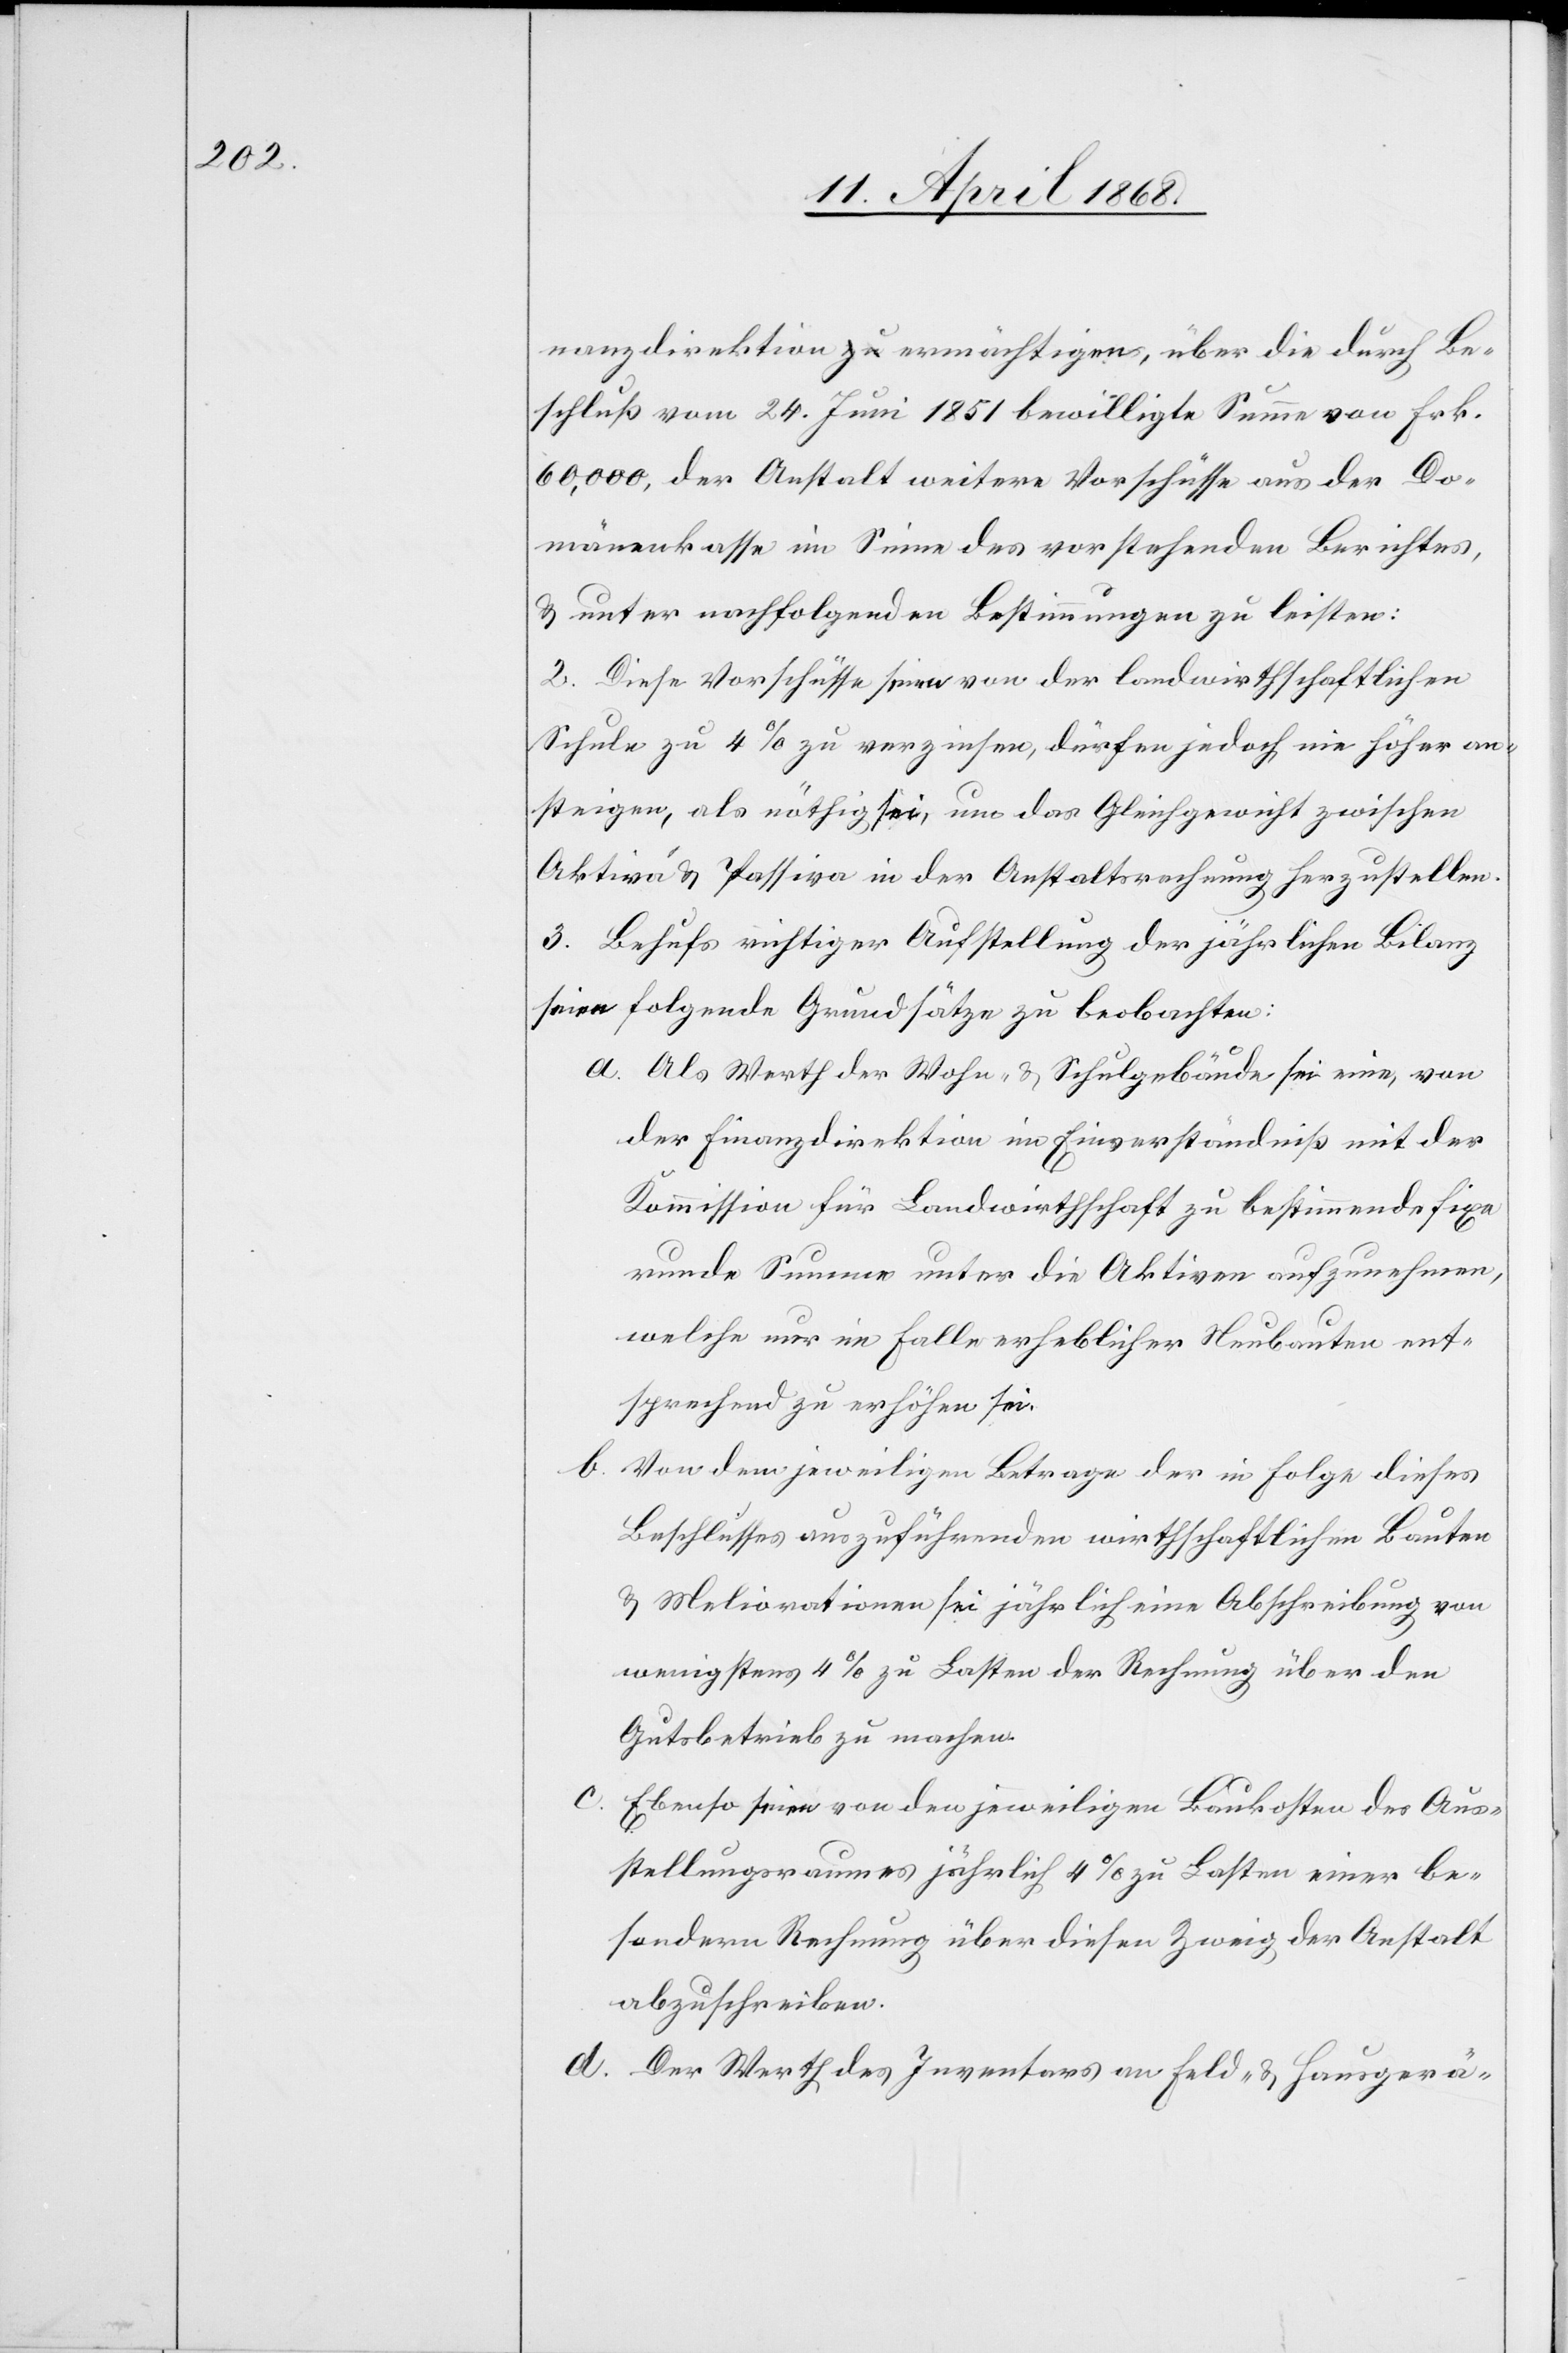
Beschluß vom 24. Juni 1851 bewilligte Summe von Frk.
60,000, der Anstalt weitere Vorschüsse aus der Do¬
mänenkasse im Sinne des vorstehenden Berichtes,
& unter nachfolgenden Bestimmungen zu leisten:
2. Diese Vorschüsse seien von der landwirthschaftlichen
Schule zu 4% zu verzinsen, dürfen jedoch nie höher an¬
steigen, als nöthig sei, um das Gleichgewicht zwischen
Aktiva & Passiva in der Anstaltsrechnung herzustellen.
3. Behufs richtiger Aufstellung der jährlichen Bilanz
seien folgende Grundsätze zu beobachten:
Als Werth der Wohn- & Schulgebäude sei eine, von
der Finanzdirektion im Einverständniß mit der
Kommission für Landwirthschaft zu bestimmende fixe
runde Summe unter die Aktiven aufzunehmen,
welche nur im Falle erheblicher Neubauten ent¬
sprechend zu erhöhen sei.
Von dem jeweiligen Betrage der in Folge dieses
Beschlusses auszuführenden wirthschaftlichen Bauten
& Meliorationen sei jährlich eine Abschreibung von
wenigstens 4% zu Lasten der Rechnung über den
Gutsbetrieb zu machen.
c.
Ebenso seien von den jeweiligen Baukosten des Aus¬
stellungsraumes jährlich 4% zu Lasten einer be¬
sondern Rechnung über diesen Zweig der Anstalt
abzuschreiben.
Der Werth des Inventars an Feld- & Hausgerä-